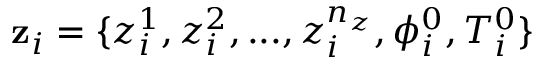
\mathbf z _ { i } = \{ z _ { i } ^ { 1 } , z _ { i } ^ { 2 } , . . . , z _ { i } ^ { n _ { z } } , \phi _ { i } ^ { 0 } , T _ { i } ^ { 0 } \}